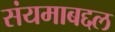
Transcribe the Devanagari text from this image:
संयमाबद्दल